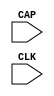
// $Header: /devl/xcs/repo/env/Databases/CAEInterfaces/verunilibs/s/CAPTURE_VIRTEX.v,v 1.8 2003/01/21 01:55:23 wloo Exp $
/*

FUNCTION	: Special Function Cell, CAPTURE_VIRTEX

*/

`timescale  100 ps / 10 ps


module CAPTURE_VIRTEX (CAP, CLK);

    input  CAP, CLK;

endmodule